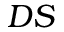
D S